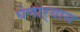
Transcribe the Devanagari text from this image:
घेणाऱ्यास